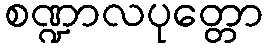
စဏ္ဍာလပုတ္တော